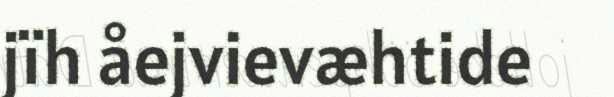
jïh åejvievæhtide